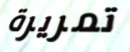
تمريرة